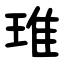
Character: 琟